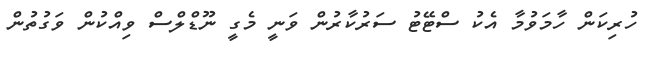
ހުރިކަން ހާމަވުމާ އެކު ސްޓޭޓު ސަރުކާރުން ވަނީ މެގީ ނޫޑްލްސް ވިއްކުން ވަގުތުން